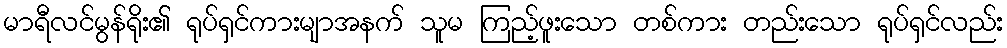
မာရီလင်မွန်ရိုး၏ ရုပ်ရှင်ကားမျာအနက် သူမ ကြည့်ဖူးသော တစ်ကား တည်းသော ရုပ်ရှင်လည်း